Report on vaccination in the Province of Bengal - 1874-1889
Year: 1874
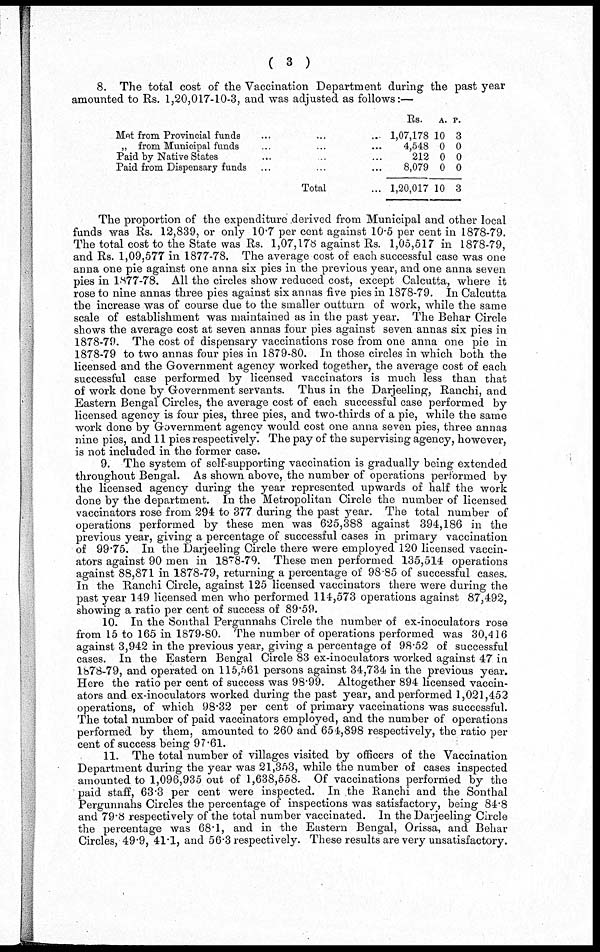
( 3 )
8. The total cost of the Vaccination Department during the past year
amounted to Rs. 1,20,017-10-3, and was adjusted as follows:—
Met from Provincial funds ... ... ...
„ from Municipal funds ... ... ...
Paid by Native States ... ... ...
Paid from Dispensary funds ... ... ...
Total ...
Rs.
1,07,178
4,548
212
8,079
1,20,017
A.
10
0
0
0
10
P.
3
0
0
0
3
The proportion of the expenditure derived from Municipal and other local
funds was Rs. 12,839, or only 10.7 per cent against 10.5 per cent in 1878-79.
The total cost to the State was Rs. 1,07,178 against Rs. 1,05,517 in 1878-79,
and Rs. 1,09,577 in 1877-78. The average cost of each successful case was one
anna one pie against one anna six pies in the previous year, and one anna seven
pies in 1877-78. All the circles show reduced cost, except Calcutta, where it
rose to nine annas three pies against six annas five pies in 1878-79. In Calcutta
the increase was of course due to the smaller outturn of work, while the same
scale of establishment was maintained as in the past year. The Behar Circle
shows the average cost at seven annas four pies against seven annas six pies in
1878-79. The cost of dispensary vaccinations rose from one anna one pie in
1878-79 to two annas four pies in 1879-80. In those circles in which both the
licensed and the Government agency worked together, the average cost of each
successful case performed by licensed vaccinators is much less than that
of work done by Government servants. Thus in the Darjeeling, Ranchi, and
Eastern Bengal Circles, the average cost of each successful case performed by
licensed agency is four pies, three pies, and two-thirds of a pie, while the same
work done by Government agency would cost one anna seven pies, three annas
nine pies, and 11 pies respectively. The pay of the supervising agency, however,
is not included in the former case.
9. The system of self-supporting vaccination is gradually being extended
throughout Bengal. As shown above, the number of operations performed by
the licensed agency during the year represented upwards of half the work
done by the department. In the Metropolitan Circle the number of licensed
vaccinators rose from 294 to 377 during the past year. The total number of
operations performed by these men was 625,388 against 394,186 in the
previous year, giving a percentage of successful cases in primary vaccination
of 99.75. In the Darjeeling Circle there were employed 120 licensed vaccin-
ators against 90 men in 1878-79. These men performed 135,514 operations
against 88,871 in 1878-79, returning a percentage of 98.85 of successful cases.
In the Ranchi Circle, against 125 licensed vaccinators there were during the
past year 149 licensed men who performed 114,573 operations against 87,492,
showing a ratio per cent of success of 89.59.
10. In the Sonthal Pergunnahs Circle the number of ex-inoculators rose
from 15 to 165 in 1879-80. The number of operations performed was 30,416
against 3,942 in the previous year, giving a percentage of 98.52 of successful
cases. In the Eastern Bengal Circle 83 ex-inoculators worked against 47 in
1878-79, and operated on 115,561 persons against 34,734 in the previous year.
Here the ratio per cent of success was 98.99. Altogether 894 licensed vaccin-
ators and ex-inoculators worked during the past year, and performed 1,021,452
operations, of which 98.32 per cent of primary vaccinations was successful.
The total number of paid vaccinators employed, and the number of operations
performed by them, amounted to 260 and 654,898 respectively, the ratio per
cent of success being 97.61.
11. The total number of villages visited by officers of the Vaccination
Department during the year was 21,353, while the number of cases inspected
amounted to 1,096,935 out of 1,638,558. Of vaccinations performed by the
paid staff, 63.3 per cent were inspected. In the Ranchi and the Sonthal
Pergunnahs Circles the percentage of inspections was satisfactory, being 84.8
and 79.8 respectively of the total number vaccinated. In the Darjeeling Circle
the percentage was 68.1, and in the Eastern Bengal, Orissa, and Behar
Circles, 49.9, 41.1, and 56.3 respectively. These results are very unsatisfactory.